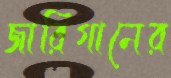
জারিগানের